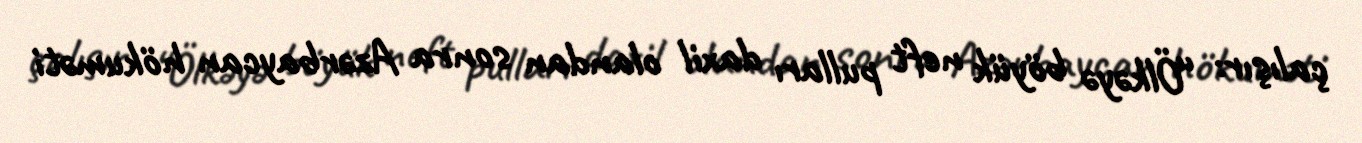
çalışır: “Ölkəyə böyük neft pulları daxil olandan sonra Azərbaycan hökuməti